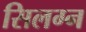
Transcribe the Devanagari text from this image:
सिलग्न